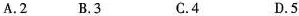
A.2 B.3 C.4 D.5